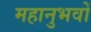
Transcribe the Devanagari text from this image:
महानुभवों